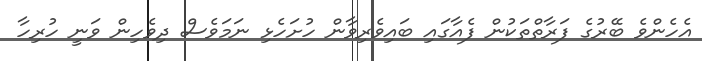
އެހެންވެ ބޭރުގެ ފަރާތްތަކުން ފެއާގައި ބައިވެރިވާން ހުށަހެޅި ނަމަވެސް ދިވެހިން ވަނީ ހުރިހާ